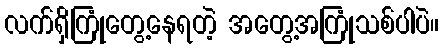
လက်ရှိကြုံတွေ့နေရတဲ့ အတွေ့အကြုံသစ်ပါပဲ။